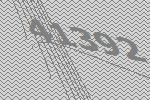
41392